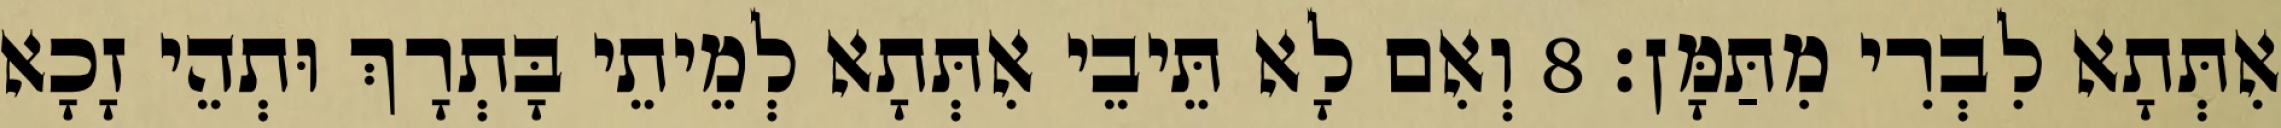
אִתְּתָא לִבְרִי מִתַּמָּן׃ 8 וְאִם לָא תֵּיבֵי אִתְּתָא לְמֵיתֵי בָּתְרָךְ וּתְהֵי זָכָא